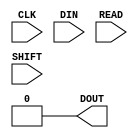
module DNA_PORT (DOUT, CLK, DIN, READ, SHIFT);

    parameter [56:0] SIM_DNA_VALUE = 57'h0;

    output DOUT;
    input  CLK, DIN, READ, SHIFT;

    assign DOUT = 1'b0;

endmodule